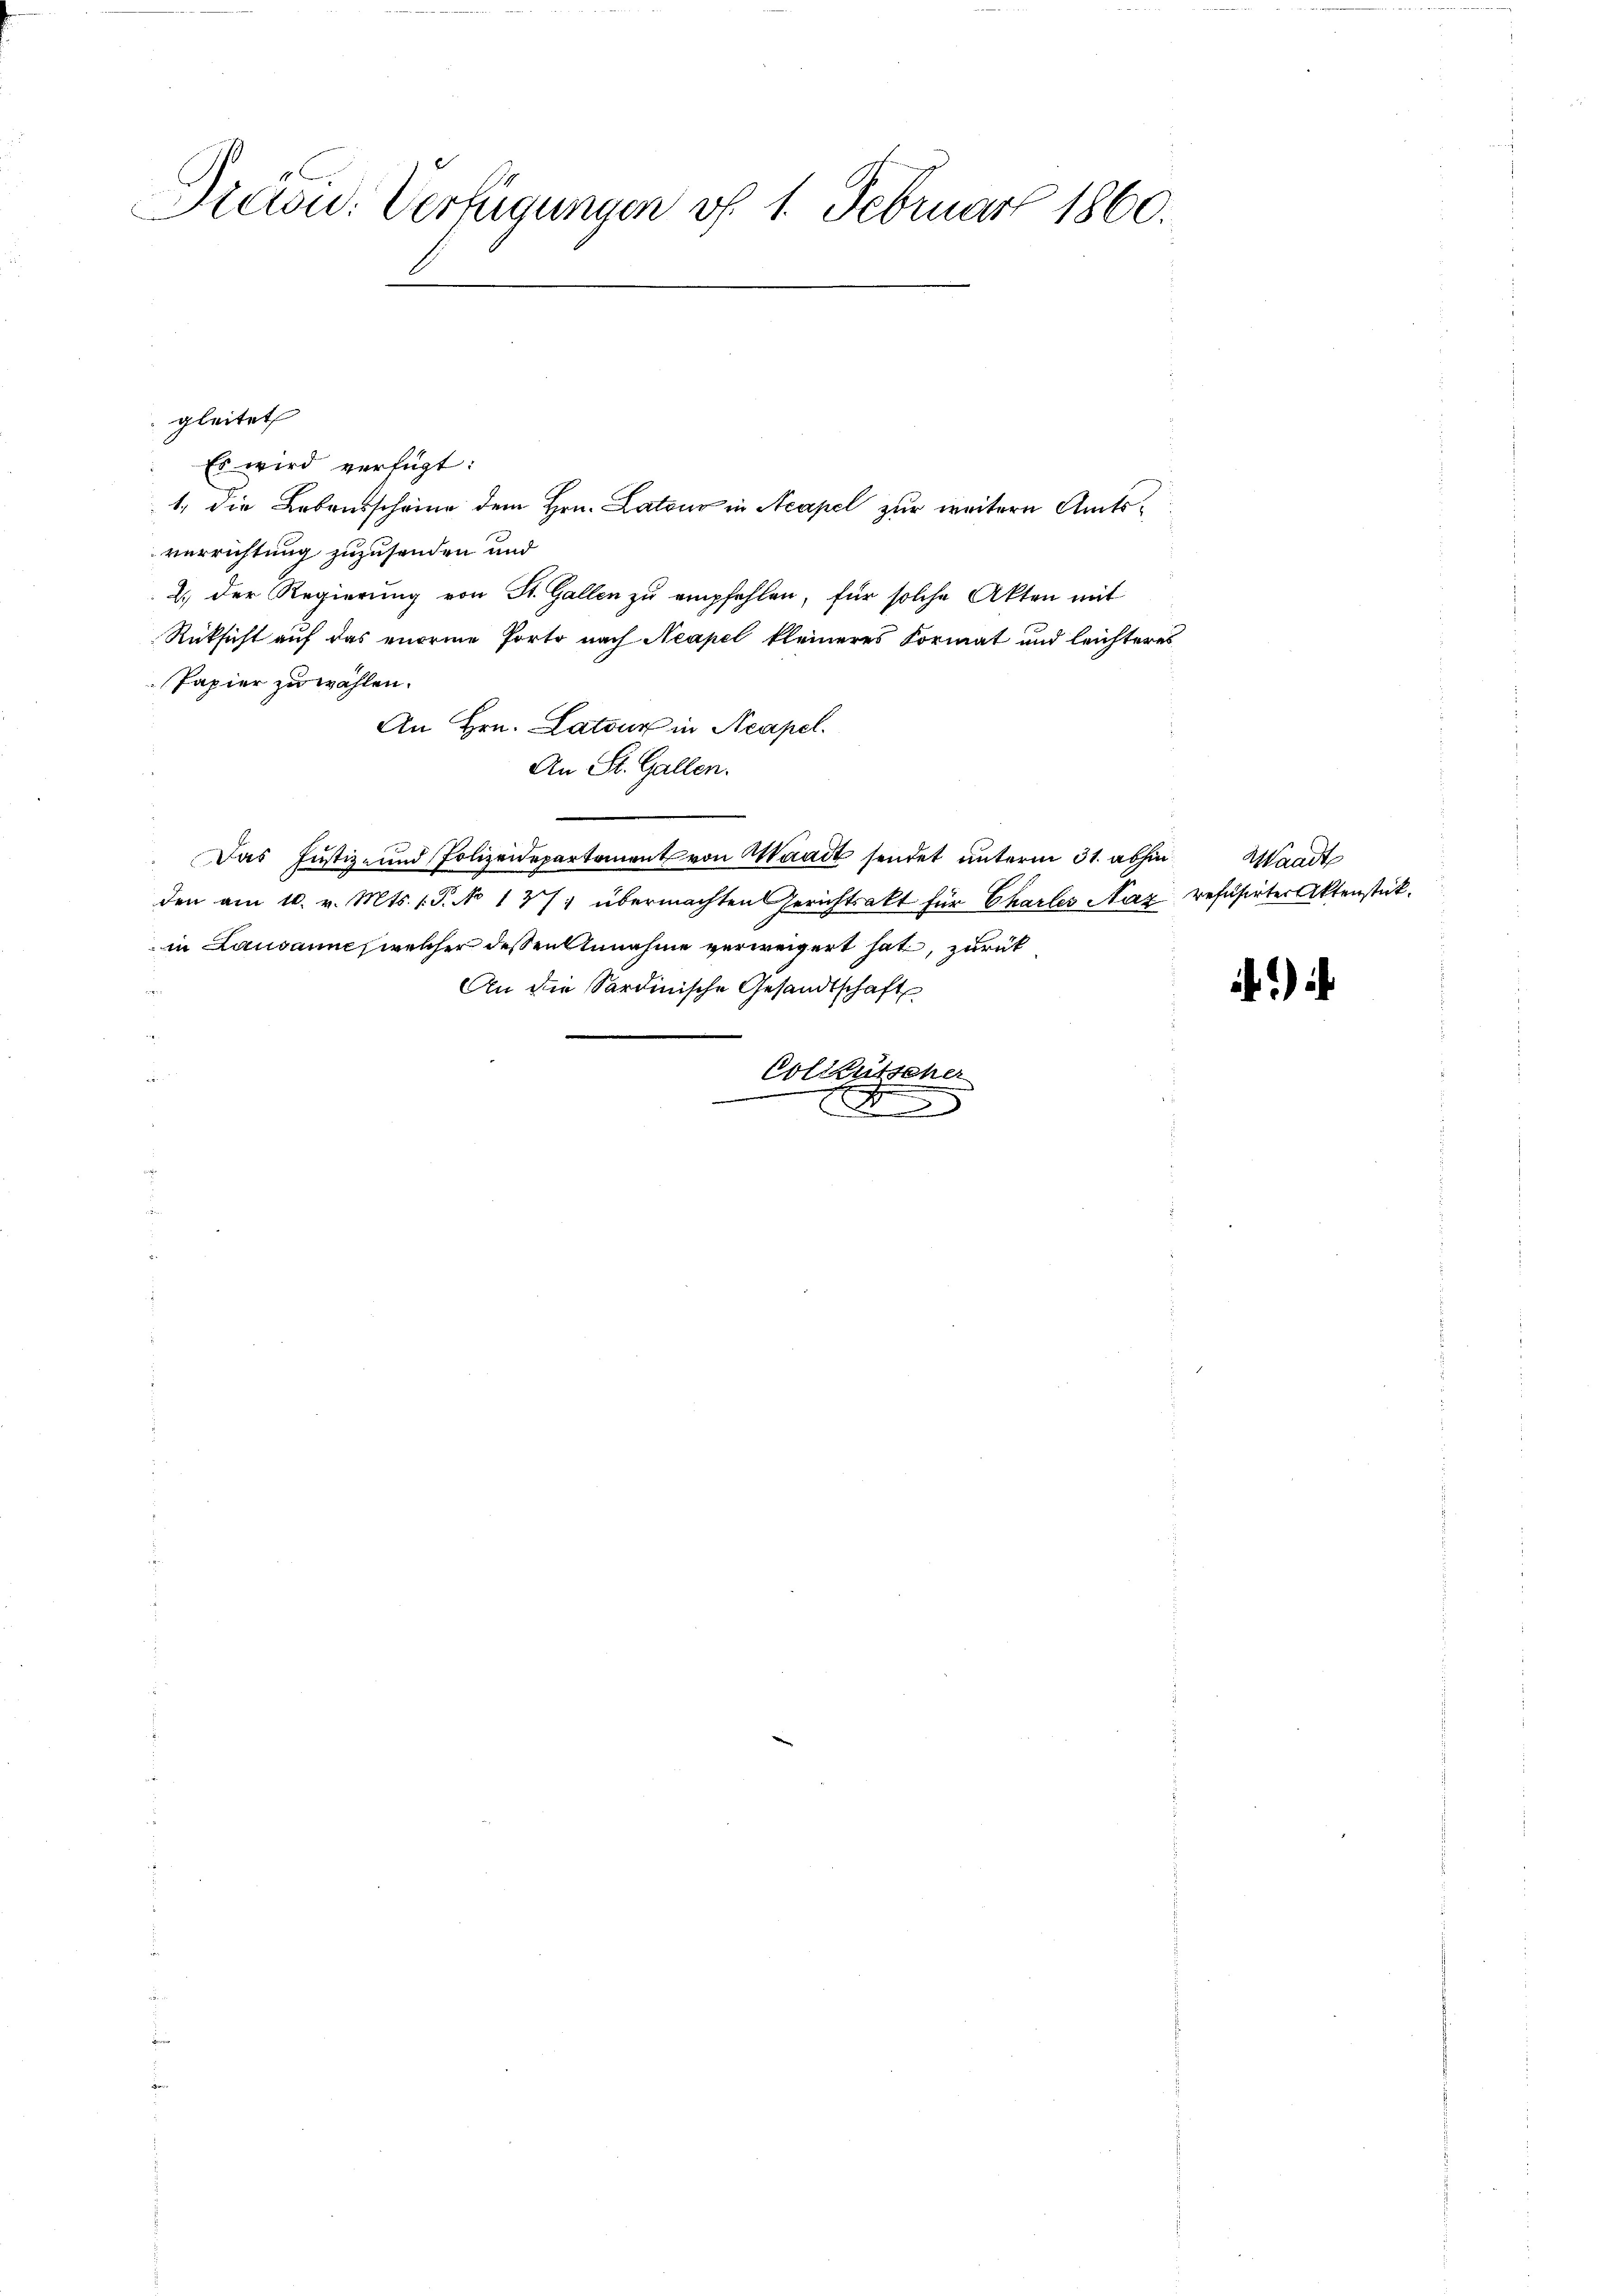
7
Hasu. Verfügungen vf. 1. Februar 1860.

gleitet
Es wird verfügt:
1, die Lebensscheine dem Hrn. Latons in Neapel zur weitern Amtsverrichtung zuzusenden und
2.) Der Regierung von St. Gallen zu empfehlen, für solche Akten mit
Rücksicht auf das enorme Porto nach Neapel kleineres Format und leichteres
Papier zu wählen.
An Hrn. Lateur in Neapel.
An St. Gallen.
Das Justiz- und Polizeidepartement von Waadt sendet unterm 31. abhin Waadt
den am 10. v. Mts. 1. P. No 1371 übermachten Gerichtsakt für Charles Naz refüsirter Aktenstückin Lausanne, welcher dessen Annahme verweigert hat, zurück¬
An die Sardinische Gesandtschaft
Coltkutscher
x

)